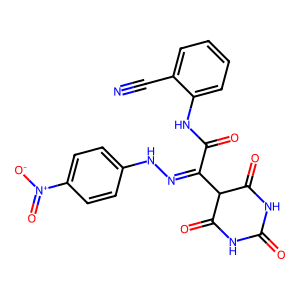
SMILES: N#Cc1ccccc1NC(=O)C(=NNc1ccc([N+](=O)[O-])cc1)C1C(=O)NC(=O)NC1=O
Inhibits HIV replication: No